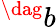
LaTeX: ^{\dag}b